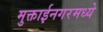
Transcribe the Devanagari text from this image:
मुक्ताईनगरमध्ये